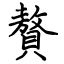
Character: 贅